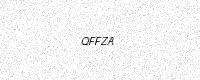
Text: QFFZA